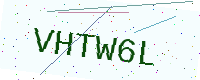
Text: VHTW6L